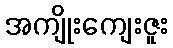
အကျိုးကျေးဇူး